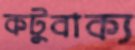
কটুবাক্য